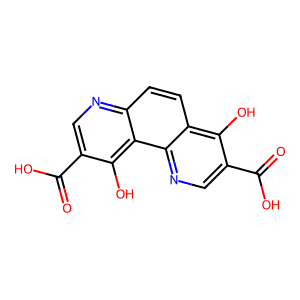
SMILES: O=C(O)c1cnc2c(ccc3ncc(C(=O)O)c(O)c32)c1O
Inhibits HIV replication: No